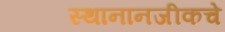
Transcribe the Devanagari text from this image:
स्थानानजीकचे